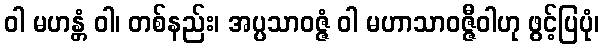
ဝါ မဟန္တံ ဝါ၊ တစ်နည်း၊ အပ္ပသာဝဇ္ဇံ ဝါ မဟာသာဝဇ္ဇီဝါဟု ဖွင့်ပြပုံ၊